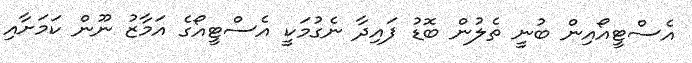
އެސްޓީއޯއިން ބުނީ ތެލުން ބޮޑު ފައިދާ ނެގުމަކީ އެސްޓީއޯގެ އަމާޒު ނޫން ކަމަށާއި